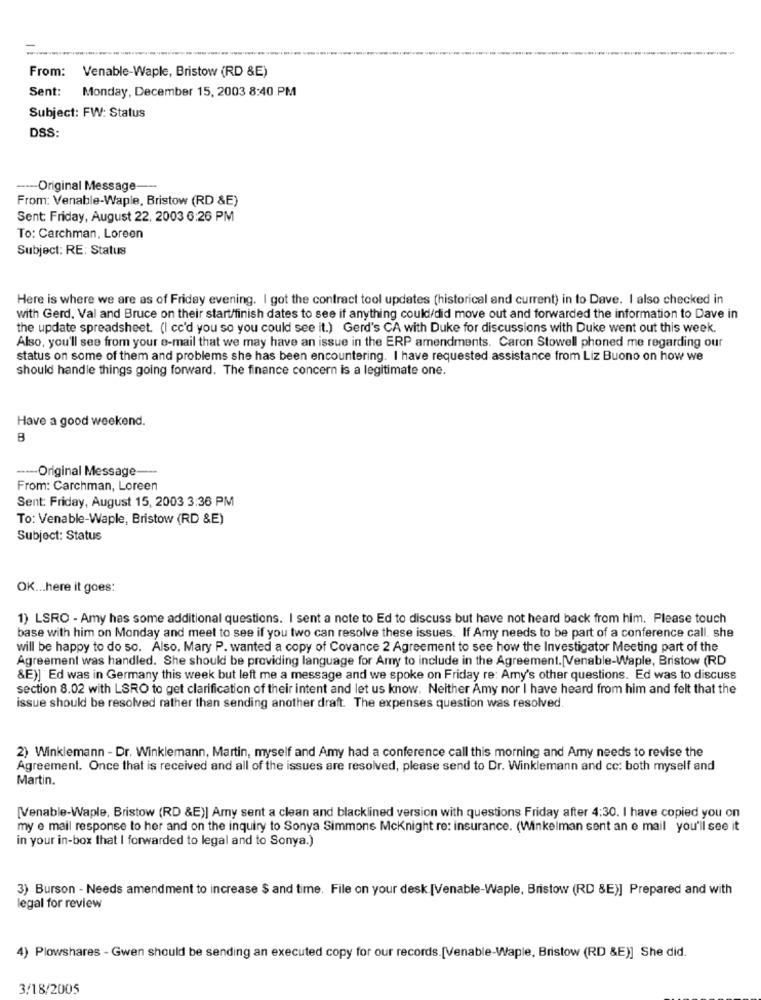
From: Venable-Waple, Bristow (RD &E)
Sent:
Monday, December 15, 2003 8:40 PM
Subject: FW: Status
DSS
---- Original Message-
From: Venable-Waple, Bristow (RD &E)
Sent: Friday, August 22, 2003 6:26 PM
To: Carchman, Loreen
Subject: RE: Status
Here is where we are as of Friday evening. I got the contract tool updates (historical and current) in to Dave. I also checked in
with Gerd, Val and Bruce on their start/finish dates to see if anything could/did move out and forwarded the information to Dave in
the update spreadsheet. (I cc'd you so you could see it.) Gerd's CA with Duke for discussions with Duke went out this week.
Also, you'll see from your e-mail that we may have an issue in the ERP amendments. Caron Stowell phoned me regarding our
status on some of them and problems she has been encountering. I have requested assistance from Liz Buono on how we
should handle things going forward. The finance concern is a legitimate one.
Have a good weekend.
----- Original Message ---
From: Carchman, Loreen
Sent: Friday, August 15, 2003 3:36 PM
To: Venable-Waple, Bristow (RD &E)
Subject: Status
OK ... here it goes:
1) LSRO - Amy has some additional questions. I sent a note to Ed to discuss but have not heard back from him. Please touch
base with him on Monday and meet to see if you two can resolve these issues. If Amy needs to be part of a conference call. she
will be happy to do so. Also, Mary P. wanted a copy of Covance 2 Agreement to see how the Investigator Meeting part of the
Agreement was handled. She should be providing language for Amy to include in the Agreement. [Venable-Waple, Bristow (RD
&E)] Ed was in Germany this week but left me a message and we spoke on Friday re: Amy's other questions. Ed was to discuss
section 8.02 with LSRO to get clarification of their intent and let us know. Neither Amy nor I have heard from him and felt that the
issue should be resolved rather than sending another draft. The expenses question was resolved.
2) Winklemann - Dr. Winklemann, Martin, myself and Amy had a conference call this morning and Amy needs to revise the
Agreement. Once that is received and all of the issues are resolved, please send to Dr. Winklemann and cc: both myself and
Martin.
[Venable-Waple, Bristow (RD &E)| Amy sent a clean and blacklined version with questions Friday after 4:30. I have copied you on
my e mail response to her and on the inquiry to Sonya Simmons Mcknight re: insurance. (Winkelman sent an e mail you'll see it
in your in-box that I forwarded to legal and to Sonya.)
3) Burson - Needs amendment to increase $ and time. File on your desk [Venable-Waple, Bristow (RD &E)] Prepared and with
legal for review
4) Plowshares - Gwen should be sending an executed copy for our records. [Venable-Waple, Bristow (RD &E)] She did.
3/18/2005